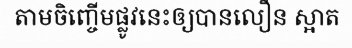
តាមចិញ្ចើមផ្លូវនេះឲ្យបានលឿន ស្អាត